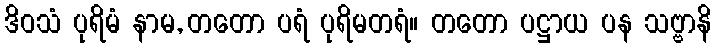
ဒိဝသံ ပုရိမံ နာမ, တတော ပရံ ပုရိမတရံ။ တတော ပဋ္ဌာယ ပန သဗ္ဗာနိ